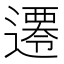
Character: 𨗇